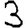
Digit: 3